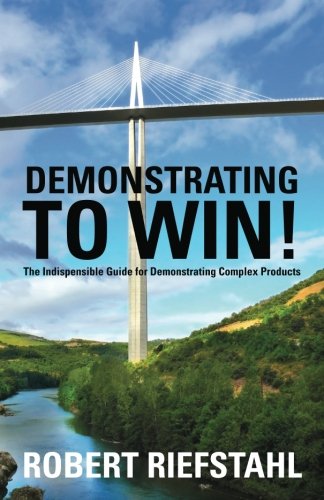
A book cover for Demonstrating To Win!: The Indispensable Guide for Demonstrating Complex Products; Robert Riefstahl; Business & Money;